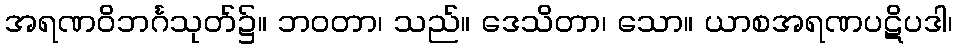
အရဏဝိဘင်္ဂသုတ်၌။ ဘဝတာ၊ သည်။ ဒေသိတာ၊ သော။ ယာစအရဏပဋိပဒါ၊